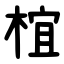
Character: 椬